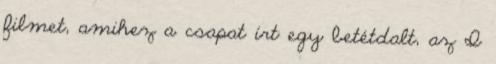
filmet, amihez a csapat írt egy betétdalt, az I